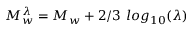
M _ { w } ^ { \lambda } = M _ { w } + 2 / 3 ~ l o g _ { 1 0 } ( \lambda )